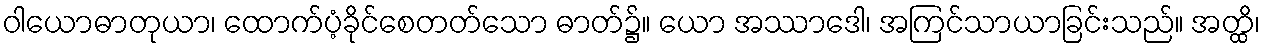
ဝါယောဓာတုယာ၊ ထောက်ပံ့ခိုင်စေတတ်သော ဓာတ်၌။ ယော အဿာဒေါ၊ အကြင်သာယာခြင်းသည်။ အတ္ထိ၊